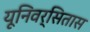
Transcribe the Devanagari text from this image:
यूनिवर्सितास